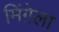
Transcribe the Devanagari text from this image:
मिंग़ेला